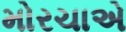
મોરચાએ